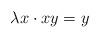
LaTeX: \begin{align*} \lambda x \cdot x y= y\end{align*}